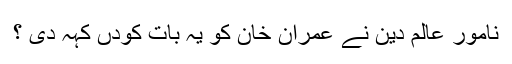
نامور عالم دین نے عمران خان کو یہ بات کودں کہہ دی ؟